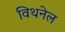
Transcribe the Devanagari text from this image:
विथनेल